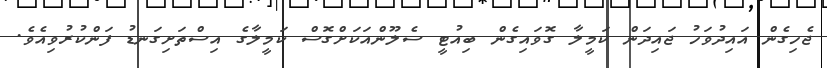
ޖެހިގެން އައިދުވަހު ޖައިދަން ކަމީލާ ގޮވައިގެން ބިއުޓީ ސެލޫންއަކަށްގޮސް ކަމީލާގެ އިސްތަށިގަނޑު ފަންކުރުވިއެވެ.